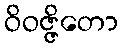
ဝိဝဇ္ဇိတော